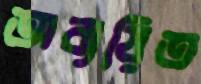
অব্যয়িত